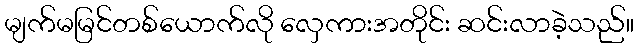
မျက်မမြင်တစ်ယောက်လို လှေကားအတိုင်း ဆင်းလာခဲ့သည်။